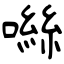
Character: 噝